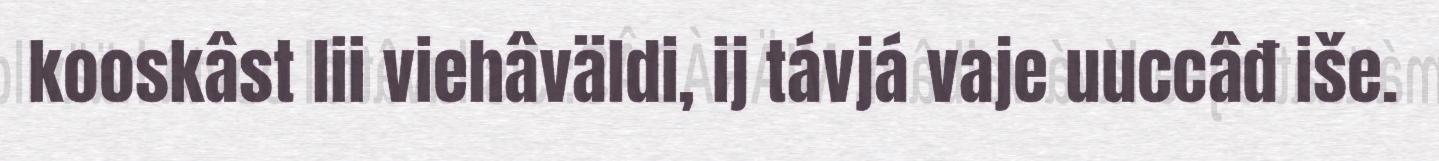
kooskâst lii viehâväldi, ij távjá vaje uuccâđ iše.